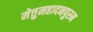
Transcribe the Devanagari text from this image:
मेत्तुमहादनपुरम